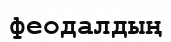
феодалдың